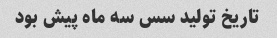
تاریخ تولید سس سه ماه پیش بود